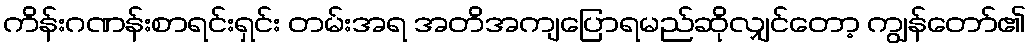
ကိန်းဂဏန်းစာရင်းရှင်း တမ်းအရ အတိအကျပြောရမည်ဆိုလျှင်တော့ ကျွန်တော်၏